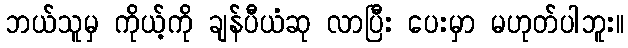
ဘယ်သူမှ ကိုယ့်ကို ချန်ပီယံဆု လာပြီး ပေးမှာ မဟုတ်ပါဘူး။